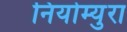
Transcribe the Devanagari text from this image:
नियोम्युरा